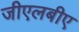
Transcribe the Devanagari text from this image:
जीएलबीए